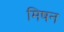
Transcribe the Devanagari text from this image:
मिषन